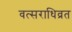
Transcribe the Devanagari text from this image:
वत्सराधिव्रत